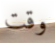
وقت